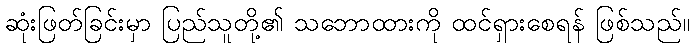
ဆုံးဖြတ်ခြင်းမှာ ပြည်သူတို့၏ သဘောထားကို ထင်ရှားစေရန် ဖြစ်သည်။